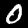
Label: 0